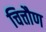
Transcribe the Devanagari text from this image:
चित्तौण